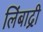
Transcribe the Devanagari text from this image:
लिंबाद्री